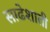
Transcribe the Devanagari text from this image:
साढेशाती